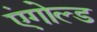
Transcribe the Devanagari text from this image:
एंगोल्ड